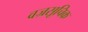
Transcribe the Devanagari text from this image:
वज्रसूचिक